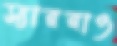
স্যাররাও